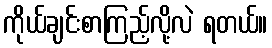
ကိုယ်ချင်းစာကြည့်လို့လဲ ရတယ်။